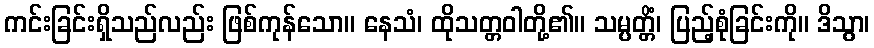
ကင်းခြင်းရှိသည်လည်း ဖြစ်ကုန်သော။ နေသံ၊ ထိုသတ္တဝါတို့၏။ သမ္ပတ္တိံ၊ ပြည့်စုံခြင်းကို။ ဒိသွာ၊